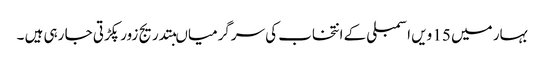
بہار میں 15 ویں اسمبلی کے انتخاب کی سرگرمیاںبتدریج زور پکڑتی جا رہی ہیں ۔